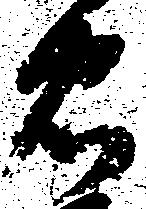
忠